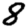
Digit: 8